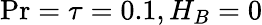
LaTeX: \mathrm{Pr}=\tau=0.1,H_{B}=0